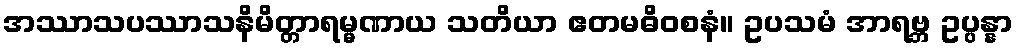
အဿာသပဿာသနိမိတ္တာရမ္မဏာယ သတိယာ ဧတမဓိဝစနံ။ ဥပသမံ အာရဗ္ဘ ဥပ္ပန္နာ